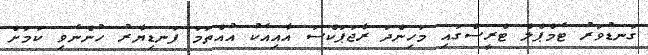
ގަނޑުވަރު ޓެމްޕްލް ޓްރީސްގައި މަހިންދަ ރާޖަޕަކްސަ އާއިއެކު އުއްތަމަ ފަނޑިޔާރު ހުންނެވި ކަމަށް